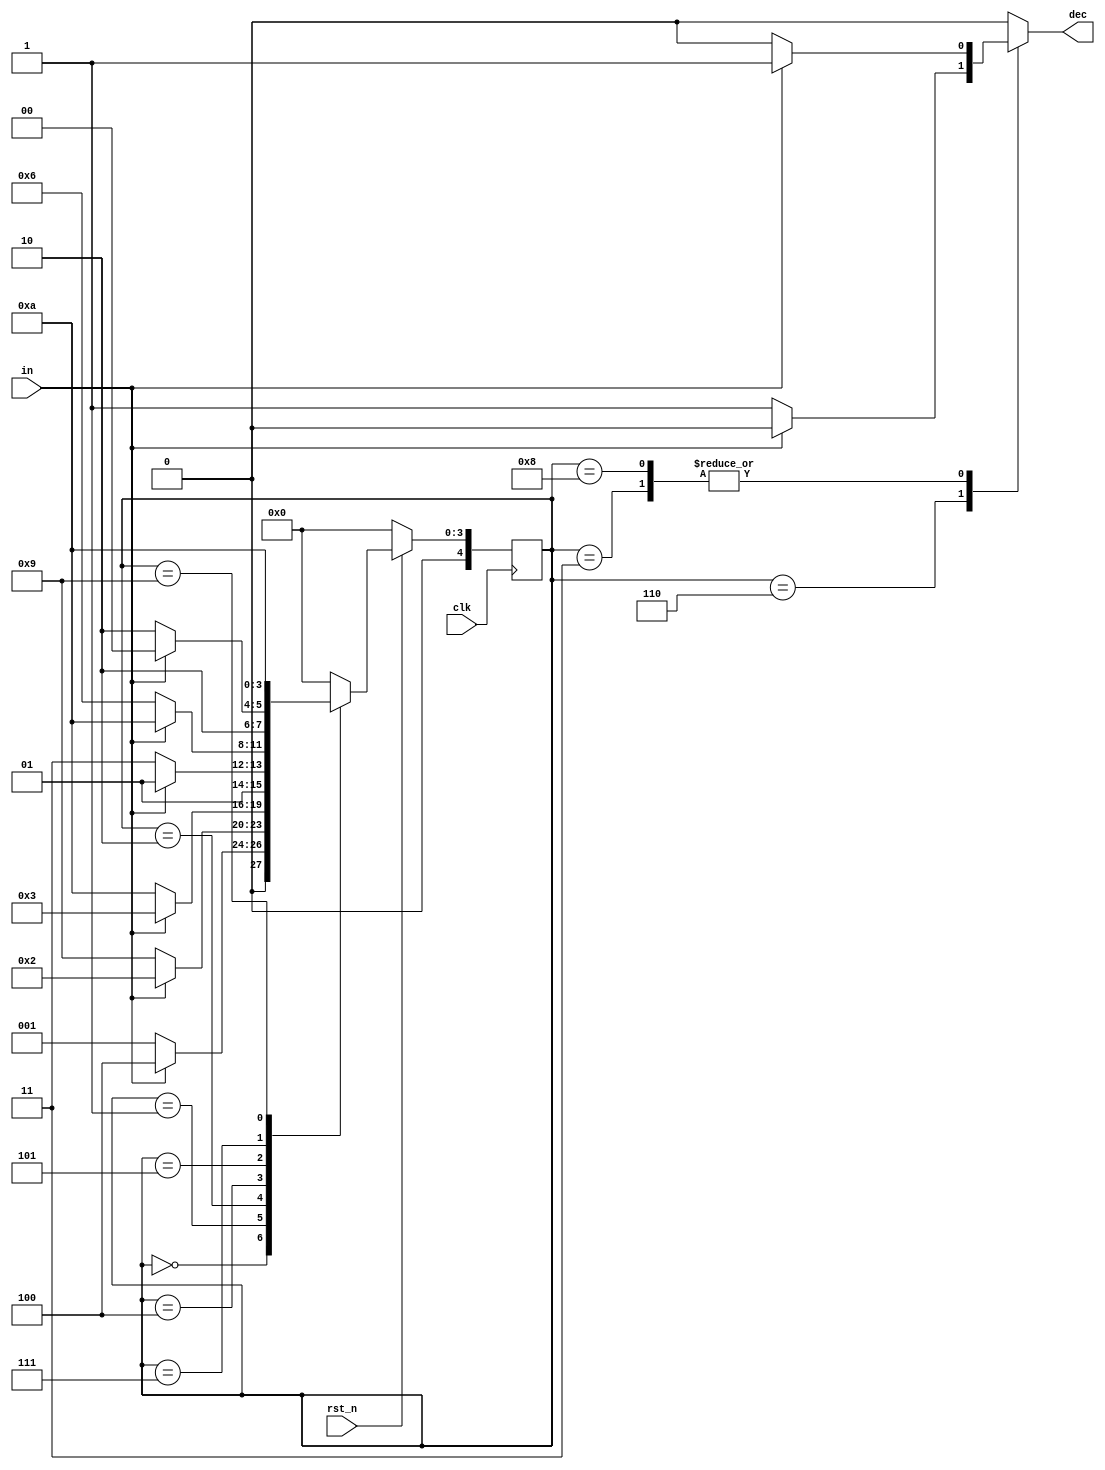
`timescale 1ns/1ps

module Mealy_Sequence_Detector (clk, rst_n, in, dec);
input clk, rst_n;
input in;
output dec;
//  output [4:0]state;

reg dec;
reg [4:0]state;
reg [4:0]nxt_state;
parameter S0 = 4'd0;
parameter S1 = 4'd1;
parameter S2 = 4'd2;
parameter S3 = 4'd3;
parameter S4 = 4'd4;
parameter S5 = 4'd5;
parameter S6 = 4'd6;
parameter S7 = 4'd7;
parameter S8 = 4'd8;
parameter S9 = 4'd9;
parameter S10 = 4'd10;

always@(posedge clk)begin
    if(!rst_n) state <= S0;
    else state <= nxt_state;
end
always@(*)begin
    case(state)
    S0: begin
        if(in == 1'b0)begin
            nxt_state = S1;
            dec = 1'b0;
        end
        else begin
            nxt_state = S4;
            dec = 1'b0;
        end
    end
    S1:begin
        if(in == 1'b0)begin
            nxt_state = S9;
            dec = 1'b0;
        end
        else begin
            nxt_state = S2;
            dec = 1'b0;
        end
    end
    S2:begin
        if(in == 1'b0)begin
            nxt_state = S10;
            dec = 1'b0;
        end
        else begin
            nxt_state = S3;
            dec = 1'b0;
        end
    end
    S3:begin
        if(in == 1'b0)begin
            nxt_state = S0;
            dec = 1'b0;
        end else begin
            nxt_state = S0;
            dec = 1'b1;
        end
    end
    S4:begin
        if(in == 1'b0)begin
            nxt_state = S7;
            dec = 1'b0;
        end else begin
            nxt_state = S5;
            dec = 1'b0;
        end
    end
    S5:begin
        if(in == 1'b0)begin
            nxt_state = S6;
            dec = 1'b0;
        end else begin
            nxt_state = S10;
            dec = 1'b0;
        end
    end
    S6:begin
        if(in == 1'b0)begin
            nxt_state = S0;
            dec = 1'b1;
        end else begin
            nxt_state = S0;
            dec = 1'b0;
        end
    end
    S7:begin
        if(in == 1'b0)begin
            nxt_state = S10;
            dec = 1'b0;
        end else begin
            nxt_state = S8;
            dec = 1'b0;
        end
    end
    S8:begin
        if(in == 1'b0)begin
            nxt_state = S0;
            dec = 1'b0;
        end else begin
            nxt_state = S0;
            dec = 1'b1;
        end
    end
    S9:begin
        nxt_state = S10;
        dec = 1'b0;
    end
    default:begin
        nxt_state = S0;
        dec = 1'b0;
    end
    endcase
end
endmodule